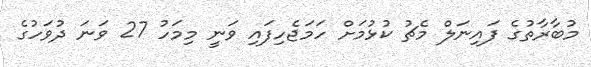
މުބާރާތުގެ ފައިނަލް މެޗު ކުޅުމަށް ހަމަޖެހިފައި ވަނީ މިމަހު 27 ވަނަ ދުވަހުގެ